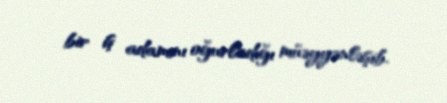
bir iş adamını oğurladığı müəyyənləşib.